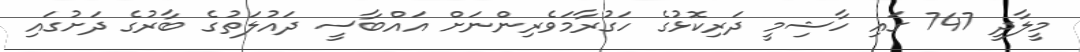
މީލާދީ 747 ގައި ހާޝިމީ ދަރިކޮޅުގެ ހަގުރާމަވެރިންނަށް އައްބާސީ ދައުލަތުގެ ބާރުގެ ދަށުގައި